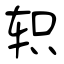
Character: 轵